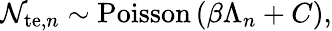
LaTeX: \mathcal{N}_{\mathrm{{te}},n}\sim\mathrm{{Poisson}}\left(\beta\Lambda_{n}+C\right),